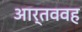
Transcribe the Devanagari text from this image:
आर्तववह